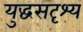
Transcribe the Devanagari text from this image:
युद्धसदृश्य